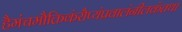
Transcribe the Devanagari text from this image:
हैमंचमौक्तिकंरौप्यंप्रवालंनीलकंतथा